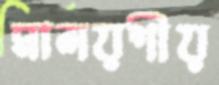
মালয়শীয়